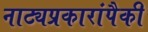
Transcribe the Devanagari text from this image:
नाट्यप्रकारांपैकी